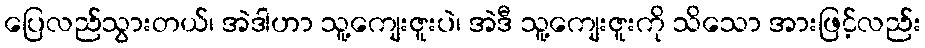
ပြေလည်သွားတယ်၊ အဲဒါဟာ သူ့ကျေးဇူးပဲ၊ အဲဒီ သူ့ကျေးဇူးကို သိသော အားဖြင့်လည်း